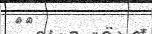
٢٨